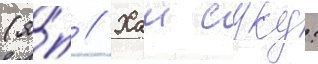
(я́п // Хаи суку: